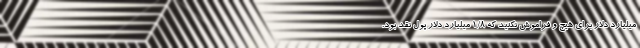
میلیارد دلار برای هیچ و فراموش نکنید که ۱/۸ میلیارد دلار پول نقد بود.